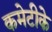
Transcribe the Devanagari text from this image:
कमेटीके